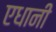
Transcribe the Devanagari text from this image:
एधानी